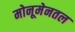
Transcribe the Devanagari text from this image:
मोनूमेनतल